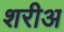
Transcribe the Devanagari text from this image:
शरीअ